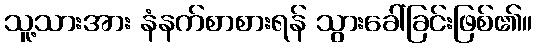
သူ့သားအား နံနက်စာစားရန် သွားခေါ်ခြင်းဖြစ်၏။